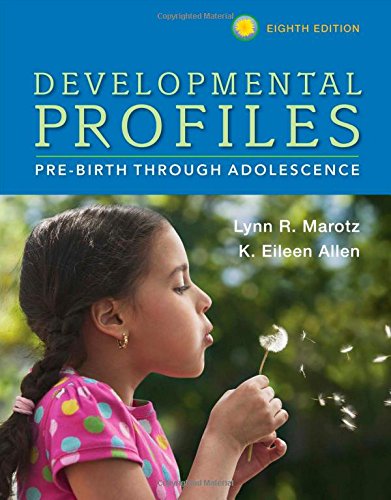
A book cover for Developmental Profiles: Pre-Birth Through Adolescence; Lynn R Marotz; Parenting & Relationships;